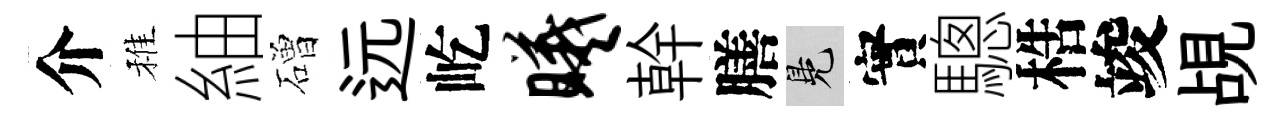
介稚紬磳远屹曦幹膳鳬實驄梏竣覘